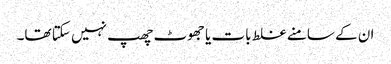
ان کے سامنے غلط بات یا جھوٹ چھپ نہیں سکتا تھا۔